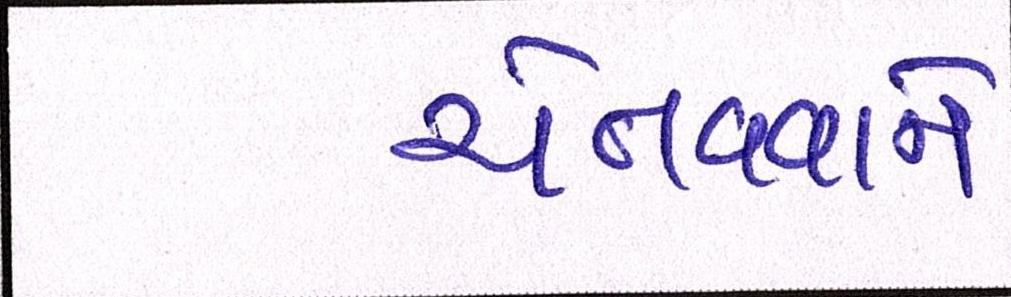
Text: ચેતવવાને